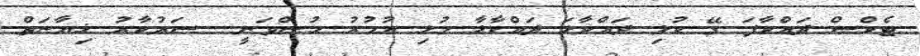
ޓެކްސް ދައްކާފަ ގޭ ކުލި ދައްކާލަ ދައްކާލާ މުޅި ޢުމުރު ހުސްވަނީ.....ސަރުކާރު ޚިޔާނަތް